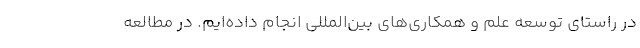
در راستای توسعه علم و همکاری‌های بین‌المللی انجام داده‌ایم. در مطالعه